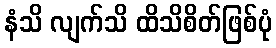
နံသိ လျက်သိ ထိသိစိတ်ဖြစ်ပုံ